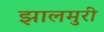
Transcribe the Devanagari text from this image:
झालमुरी